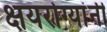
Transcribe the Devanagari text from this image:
क्षयरोग्यांनी